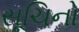
સૂચિનો